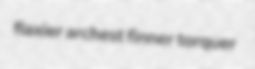
flaxier archest finner torquer